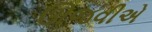
ઊજવીએ